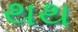
થથ